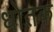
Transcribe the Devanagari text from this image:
धोतक